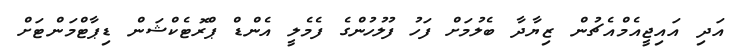
އަދި އައިޖީއެމްއެޗުން ޒިޔާދާ ބެލުމަށް ފަހު ފުލުހުންގެ ފެމެލީ އެންޑް ޕްރޮޓެކްޝަން ޑިޕާޓްމަންޓަށް